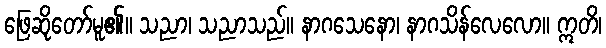
ဖြေဆိုတော်မူ၏။ သညာ၊ သညာသည်။ နာဂသေနော၊ နာဂသိန်လေလော။ ဣတိ၊